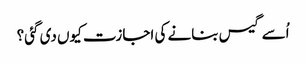
اُسے گیس بنانے کی اجازت کیوں دی گئی؟